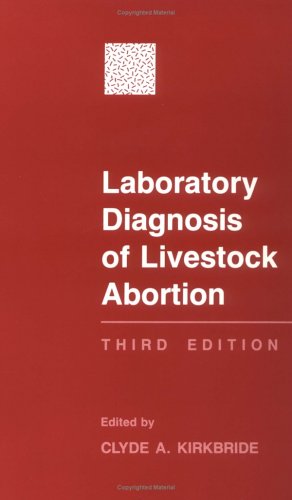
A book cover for Laboratory Diagnosis of Livestock Abortion (Plastic Comb Binding); Medical Books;